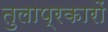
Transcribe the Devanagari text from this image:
तुलाप्रकारों